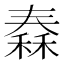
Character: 𥠼